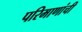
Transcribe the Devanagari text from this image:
परिमाणांची